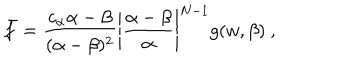
\bar { f } = \frac { c _ { \alpha } \alpha - \beta } { ( \alpha - \beta ) ^ { 2 } } \left| \frac { \alpha - \beta } { \alpha } \right| ^ { N - 1 } g ( w , \beta ) \ ,